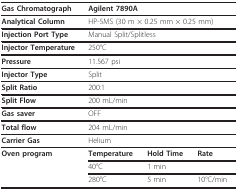
<table><thead><tr><td><b>Gas Chromatograph</b></td><td colspan="3"><b>Agilent 7890A</b></td></tr></thead><tbody><tr><td><b>Analytical Column</b></td><td colspan="3">HP-5MS (30 m × 0.25 mm × 0.25 mm)</td></tr><tr><td><b>Injection Port Type</b></td><td colspan="3">Manual Split/Splitless</td></tr><tr><td><b>Injector Temperature</b></td><td colspan="3">250°C</td></tr><tr><td><b>Pressure</b></td><td colspan="3">11.567 psi</td></tr><tr><td><b>Injector Type</b></td><td colspan="3">Split</td></tr><tr><td><b>Split Ratio</b></td><td colspan="3">200:1</td></tr><tr><td><b>Split Flow</b></td><td colspan="3">200 mL/min</td></tr><tr><td><b>Gas saver</b></td><td colspan="3">OFF</td></tr><tr><td><b>Total flow</b></td><td colspan="3">204 mL/min</td></tr><tr><td><b>Carrier Gas</b></td><td colspan="3">Helium</td></tr><tr><td><b>Oven program</b></td><td><b>Temperature</b></td><td><b>Hold Time</b></td><td><b>Rate</b></td></tr><tr><td></td><td>40°C</td><td>1 min</td><td></td></tr><tr><td></td><td>280°C</td><td>5 min</td><td>10°C/min</td></tr></tbody></table>